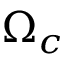
\Omega _ { c }